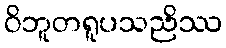
ဝိဘူတရူပသညိဿ